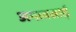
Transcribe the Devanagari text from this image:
अमावसाई